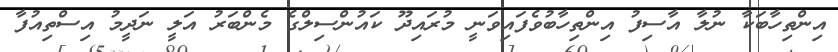
އިންތިހާބަކާ ނުލާ އާސިފު އިންތިހާބުވެފައިވަނީ މުރައިދޫ ކައުންސިލްގެ މެންބަރު އަލީ ނަދީމު އިސްތިއުފާ